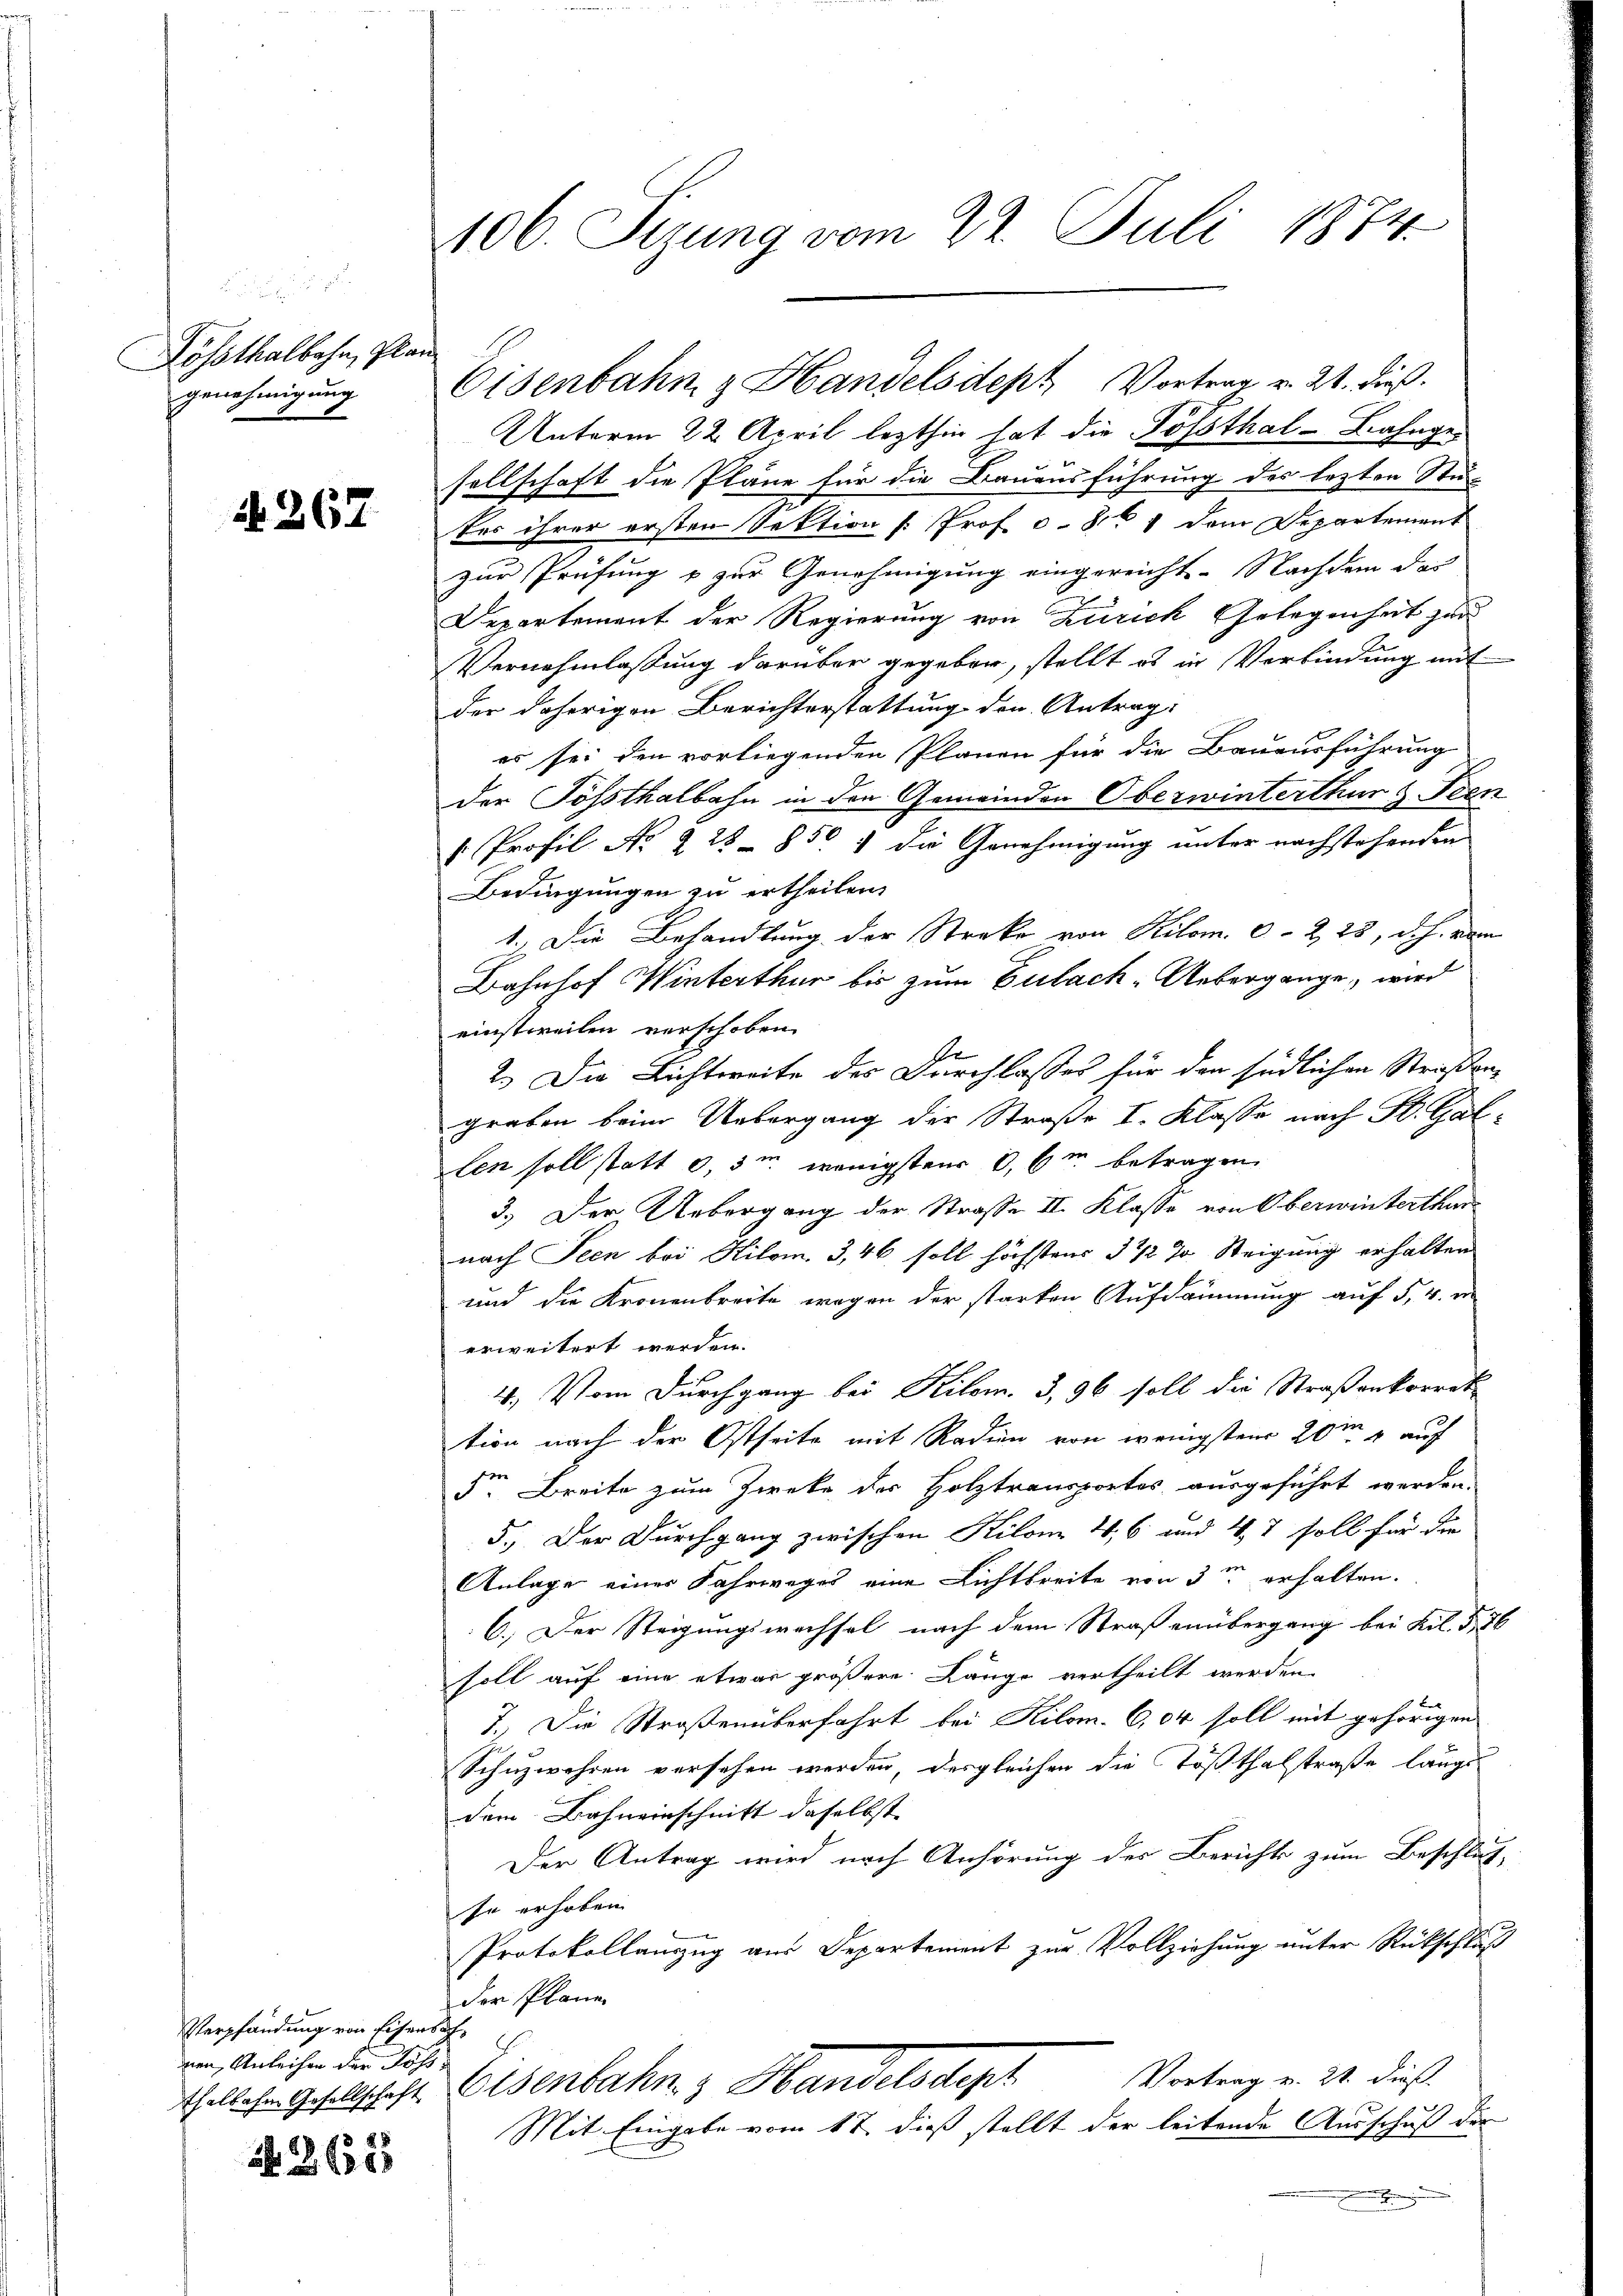
Lössthalbahn, Plan
genehmigung

if. 267

Verpfändung von Eisens d
nen, Anleihen der Höchs

N 2635

106. Sizung vom 22. Juli 1874.

Unterm 22. April lezthin hat die Tößthal-Bahngesellschaft die Pläne für die Bauausführung des lezten Stuter ihrer ersten Sektion [: Prof. c. 8. dem Departement
zur Prüfung & zur Genehmigung eingereicht. Nachdem des
Departement der Regierung von Zürich Gelegenheit zur
Vernehmlassung darüber gegeben, stellt es in Verbindung mit
der daherigen Berichterstattung den Antrag:
es sei den vorliegenden Plänen für die Bauausführung
der Tößthalbahn in den Gemeinden Oberwinterthur & Seen
" Profil No 228 - 850 die Genehmigung unter nachstehenden
Bedingungen zu ertheilen,
1.) Die Behandlung der Streke von Kilom. c. 2, 23, d.h. vom
Bahnhof Winterthur bis zum Eulach-Uebergange, wird
einstweilen verschoben
E
2.) Die Lichtweite des Durchlasses für den südlichen Straßen-
graben beim Uebergang der Straße I. Klasse nach St. Gal-
len soll statt 0,3m wenigstens 0,6m betragen
3.) Der Uebergang der Strasse II. Klasse von Oberwinterthur
nach Seen bei Kilom. 3, 46 soll höchstens 3 1/2 % Steigung erhalten
und die Kronenbreite wegen der starken Aufdämmung auf §. 4. v
erweitert werden.
4.) Vom Durchgang bei Kilom. 3, 96 soll die Straßenkorrek
tion nach der Ostseite mit Radin von wenigstens 20m auf
F. Breite zum Zwecke der Holztransportes ausgeführt werden.
5.) Der Durchgang zwischen Kilome 4, 6 und 47 soll für die
Anlage einer Fahrweges eine Lichtbreite von 3 erhalten.
6.) Der Steigungswechsel nach dem Straßenübergang bei Kil. § 76
soll auf eine etwas größere Länge vertheilt werden.
7.) Die Straßenüberfahrt bei Kilom. C,04 soll mit gehörigen
Schuzwehren versehen werden, dergleichen die Tößthalstraße längs
dem Bahneinschnitt daselbst |
Der Antrag wird nach Anhörung des Berichts zum Beschluß-
se erhoben.
Protokollanzug aus Departement zur Vollziehung unter Rückschluß
der Plane
Vortrag v. 21. dieß
Telles Gesellschaft Elsenbahn & Handelsdept
Mit Eingabe vom 17. dieß stellt der leitende Ausschuß der

Eisenbahn & Handelsdept Vortrag v. 21. dieß.